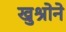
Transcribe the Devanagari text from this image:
खुश्रोने